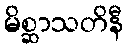
မိစ္ဆာသတိနီ